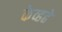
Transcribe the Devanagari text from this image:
केव्हढे